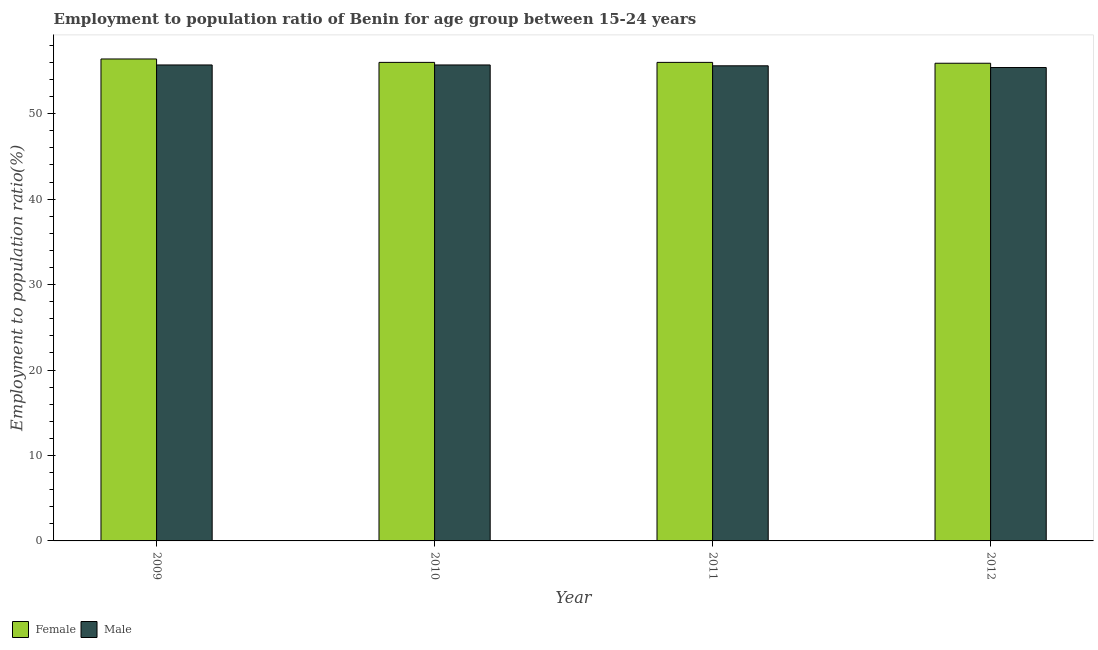
| Year | Female | Male |
 | --- | --- | --- |
 | 2009 | 56.4 | 55.7 |
 | 2010 | 56 | 55.7 |
 | 2011 | 56 | 55.6 |
 | 2012 | 55.9 | 55.4 |